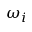
\omega _ { i }